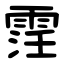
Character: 䨙